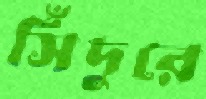
সিঁদুরে